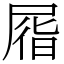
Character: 㞛